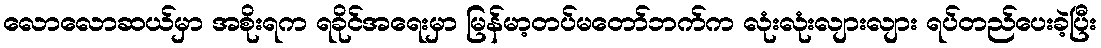
လောလောဆယ်မှာ အစိုးရက ရခိုင်အရေးမှာ မြန်မာ့တပ်မတော်ဘက်က လုံးလုံးလျားလျား ရပ်တည်ပေးခဲ့ပြီး